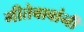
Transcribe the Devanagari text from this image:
गीतेबाबांनी